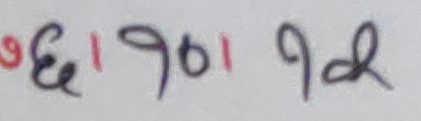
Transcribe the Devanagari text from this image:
९६११७०११९२